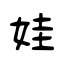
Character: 娃